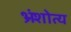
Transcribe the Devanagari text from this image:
भ्रंशोत्य